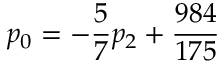
p _ { 0 } = - \frac { 5 } { 7 } p _ { 2 } + \frac { 9 8 4 } { 1 7 5 }